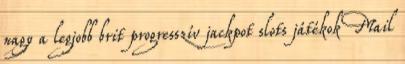
nagy a legjobb brit progresszív jackpot slots játékok Mail